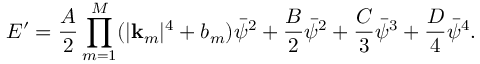
E ^ { \prime } = \frac { A } { 2 } \prod _ { m = 1 } ^ { M } ( | \mathbf { k } _ { m } | ^ { 4 } + b _ { m } ) \bar { \psi } ^ { 2 } + \frac { B } { 2 } \bar { \psi } ^ { 2 } + \frac { C } { 3 } \bar { \psi } ^ { 3 } + \frac { D } { 4 } \bar { \psi } ^ { 4 } .